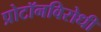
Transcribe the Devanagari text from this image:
प्रोटॉनविरोधी